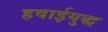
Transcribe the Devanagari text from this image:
हवाईयुद्ध